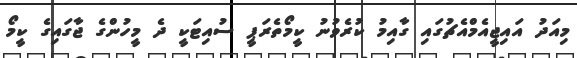
މިއަދު އައިޖީއެމްއެޗުގައި ގާއިމު ކުރެވުނު ކީމޯތެރަޕީ ސުއިޓަކީ ދެ މީހުންގެ ޖާގައިގެ ކީމޯ